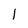
Character: 1